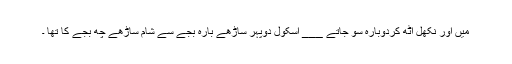
میں اور نکھل اٹھ کردوبارہ سو جاتے ___ اسکول دوپہر ساڑھے بارہ بجے سے شام ساڑھے چھ بجے کا تھا ۔